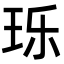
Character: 𬍛